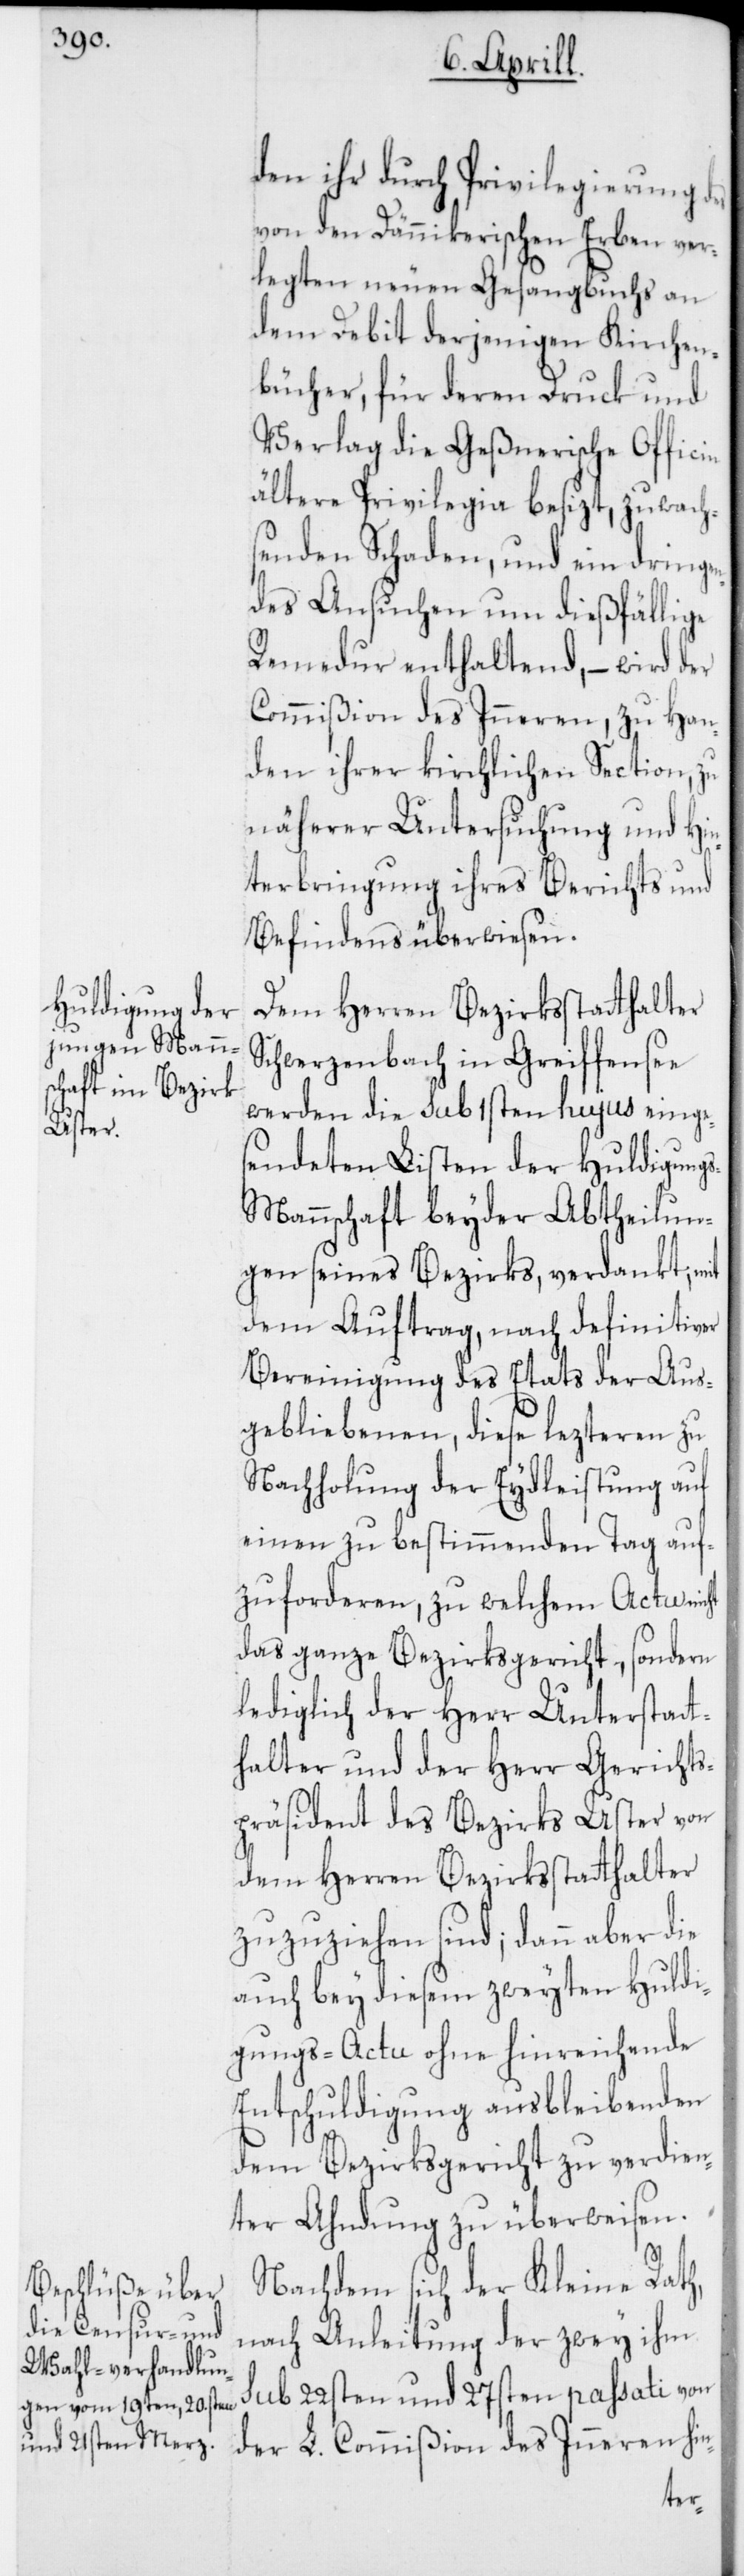
den ihr durch Privilegierung des
von den Dännikerischen Erben ver¬
legten neuen Gesangbuchs an
dem Debit derjenigen Kirchen¬
bücher, für deren Druck und
Verlag die Geßnerische Officin
ältere Privilegia besizt, zuwach¬
senden Schaden, und ein dringe¬
ndes Ansuchen um dießfällige
Remedur enthaltend, – wird der
Commißion des Inneren, zu Han¬
den ihrer kirchlichen Section, zu
näherer Untersuchung und Hin¬
terbringung ihres Berichts und
Befindens überwiesen.
Dem Herren Bezirksstatthalter
Schwerzenbach in Greiffensee
werden die sub 1sten hujus einge¬
sendeten Listen der Huldigung¬
s-Mannschaft beyder Abtheilun¬
gen seines Bezirks, verdankt, mit
dem Auftrag, nach definitiver
Bereinigung des Etats der Aus¬
gebliebenen, diese lezteren zu
Nachholung der Eydleistung auf
einen zu bestimmenden Tag auf¬
zuforderen, zu welchem Acte nicht
das ganze Bezirksgericht, sondern
lediglich der Herr Unterstatt¬
halter und der Herr Gerichts¬
präsident des Bezirks Uster von
dem Herren Bezirksstatthalter
zuzuziehen sind; dann aber die
auch bey diesem zweyten Huldi¬
gungs-Actu ohne hinreichende
Entschuldigung Ausbleibenden
dem Bezirksgericht zu verdien¬
ter Ahndung zu überweisen.
Nachdem sich der Kleine Rath,
nach Anleitung der zwey ihm
sub 22sten und 27sten passati von
der L. Commißion des Inneren hin-